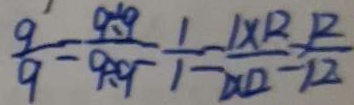
\frac { 9 } { 9 } = \frac { 9 \div 9 } { 9 \div 9 } = \frac { 1 } { 1 } = \frac { 1 \times 1 2 } { 1 2 \times 2 } = \frac { 1 2 } { 1 2 }